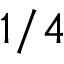
1 / 4